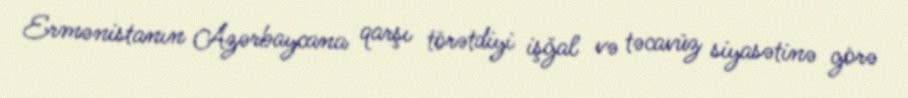
Ermənistanın Azərbaycana qarşı törətdiyi işğal və təcavüz siyasətinə görə